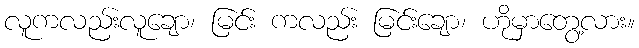
လူကလည်းလူချော၊ မြင်း ကလည်း မြင်းချော၊ ဟိုမှာတွေ့လား။